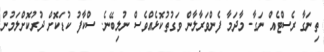
ތިނަގާ ރެސްޓެއް ނަގާ. މާދަމާ ފެންވަރާލާން ވަގުތުކޮޅެއްވެސް ނުލިބޭނެ. ސްކާފު ކުޑަކޮށް ދުރުކޮށްލަމުން